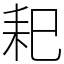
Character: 𦓨